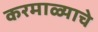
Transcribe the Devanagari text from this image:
करमाळ्याचे